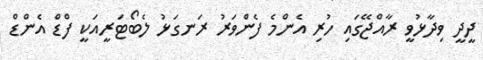
ދީދީ ވިދާޅުވީ ރާއްޖޭގައި ހުރި އެންމެ ފެންވަރު ރަނގަޅު ލެބޯޓަރީއަކީ ފްޑް އެންޑް